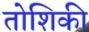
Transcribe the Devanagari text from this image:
तोशिकी